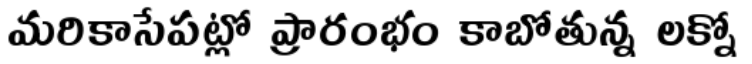
మరికాసేపట్లో ప్రారంభం కాబోతున్న లక్నో